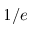
1 / e